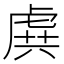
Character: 𧆾